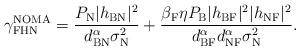
LaTeX: \begin{align*}\gamma_{\textrm{FHN}}^{\textrm{NOMA}}=\frac{P_\textrm{N} {|h_{\textrm{BN}}|^2}}{{d_{\textrm{BN}}^{\alpha} \sigma_{\textrm{N}}^2} }+\frac{\beta_{\textrm{F}} \eta P_\textrm{B} |h_{\textrm{BF}}|^2 |h_{\textrm{NF}}|^2}{d_{\textrm{BF}}^{\alpha} d_{\textrm{NF}}^{\alpha} \sigma_{\textrm{N}}^2}.\end{align*}